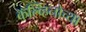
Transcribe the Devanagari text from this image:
कॅल्व्हिनोच्या